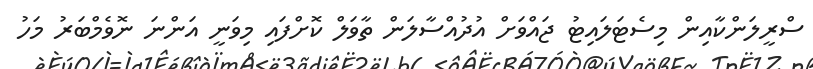
ސްރީލަންކާއިން މިސެޓަލައިޓު ޖައްވަށް އުދުއްސާލަން ތާވަލް ކޮށްފައި މިވަނީ އަންނަ ނޮވެމްބަރު މަހު